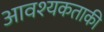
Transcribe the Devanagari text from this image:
आवश्‍यकताकी